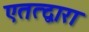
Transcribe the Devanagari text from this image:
एतत्द्वारा